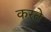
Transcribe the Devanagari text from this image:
करते